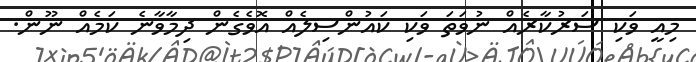
މިއީ ވަކި ސަރުކާރެއް ނުވަތަ ވަކި ކައުންސިލެއް އޮވެގެން ދިމާވާނެ ކަމެއް ނޫން.